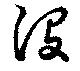
没